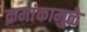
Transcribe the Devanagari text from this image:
क्रमांकामुळे